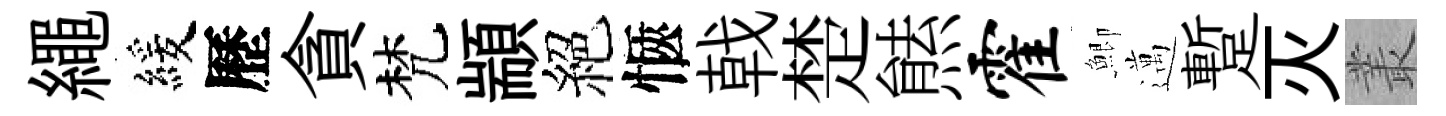
繩緩歷貪梵顓絕愜戟楚㷱霍鯽邁蹔灭叢